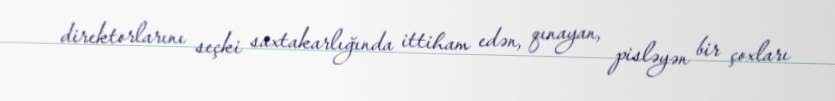
direktorlarını seçki saxtakarlığında ittiham edən, qınayan, pisləyən bir çoxları